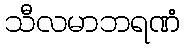
သီလမာဘရဏံ